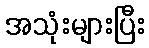
အသုံးများပြီး